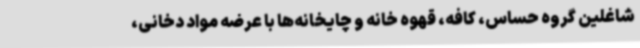
شاغلین گروه حساس، کافه، قهوه خانه و چایخانه‌ها با عرضه مواد دخانی،